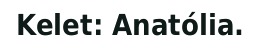
Kelet: Anatólia.